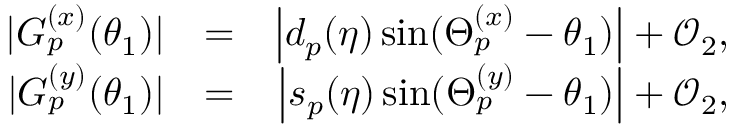
\begin{array} { r l r } { \vert G _ { p } ^ { ( x ) } ( \theta _ { 1 } ) \vert } & { = } & { \left\vert d _ { p } ( \eta ) \sin ( \Theta _ { p } ^ { ( x ) } - \theta _ { 1 } ) \right\vert + \mathcal { O } _ { 2 } , } \\ { \vert G _ { p } ^ { ( y ) } ( \theta _ { 1 } ) \vert } & { = } & { \left\vert s _ { p } ( \eta ) \sin ( \Theta _ { p } ^ { ( y ) } - \theta _ { 1 } ) \right\vert + \mathcal { O } _ { 2 } , } \end{array}